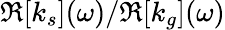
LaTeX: \Re[k_{s}](\omega)/\Re[k_{g}](\omega)